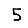
Digit: 5